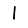
Digit: 1